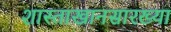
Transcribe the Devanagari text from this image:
शास्ताखानसारख्या